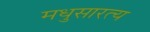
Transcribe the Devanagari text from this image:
मधुसारत्य